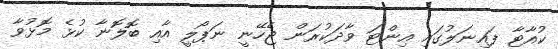
ކުއާޓާ ފައިނަލުގައި އިންޓަ ވާދަކުރަން ޖެހޭނީ ނަޕޯލީ އާއި ބޮލޮނާ ކުޅެ މޮޅުވާ